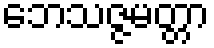
ဘေသဇ္ဇမတ္တာ